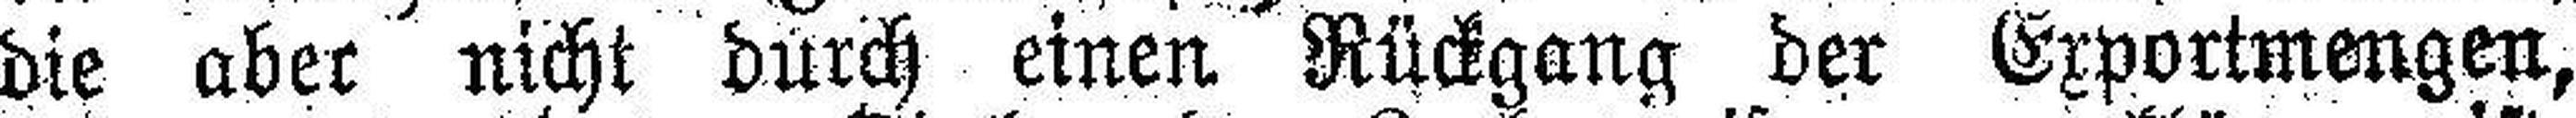
die aber nicht durch einen Rückgang der Exportmengen,